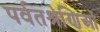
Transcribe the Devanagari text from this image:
पर्वतश्रेणिओं